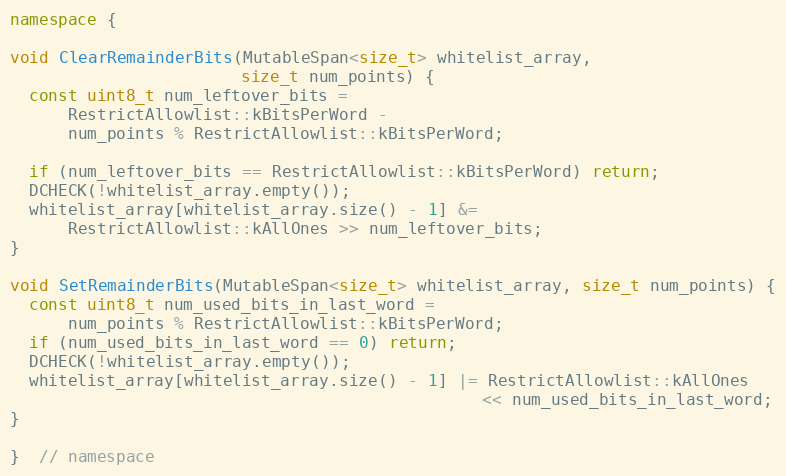
Language: C++
namespace {

void ClearRemainderBits(MutableSpan<size_t> whitelist_array,
                        size_t num_points) {
  const uint8_t num_leftover_bits =
      RestrictAllowlist::kBitsPerWord -
      num_points % RestrictAllowlist::kBitsPerWord;

  if (num_leftover_bits == RestrictAllowlist::kBitsPerWord) return;
  DCHECK(!whitelist_array.empty());
  whitelist_array[whitelist_array.size() - 1] &=
      RestrictAllowlist::kAllOnes >> num_leftover_bits;
}

void SetRemainderBits(MutableSpan<size_t> whitelist_array, size_t num_points) {
  const uint8_t num_used_bits_in_last_word =
      num_points % RestrictAllowlist::kBitsPerWord;
  if (num_used_bits_in_last_word == 0) return;
  DCHECK(!whitelist_array.empty());
  whitelist_array[whitelist_array.size() - 1] |= RestrictAllowlist::kAllOnes
                                                 << num_used_bits_in_last_word;
}

}  // namespace